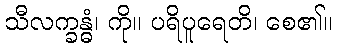
သီလက္ခန္ဓံ၊ ကို။ ပရိပူရေတိ၊ စေ၏။